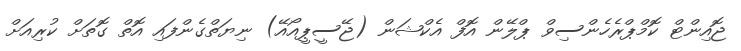
ޖޮއިންޓް ކޮމްޕްރެހެންސިވް ޕްލޭން އޮފް އެކްޝަން (ޖޭސީޕީއޯއޭ) ނިޔަތްގެންފައި އޮތް ގޮތަށް ކުރިއަށް